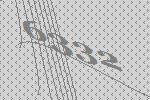
6332